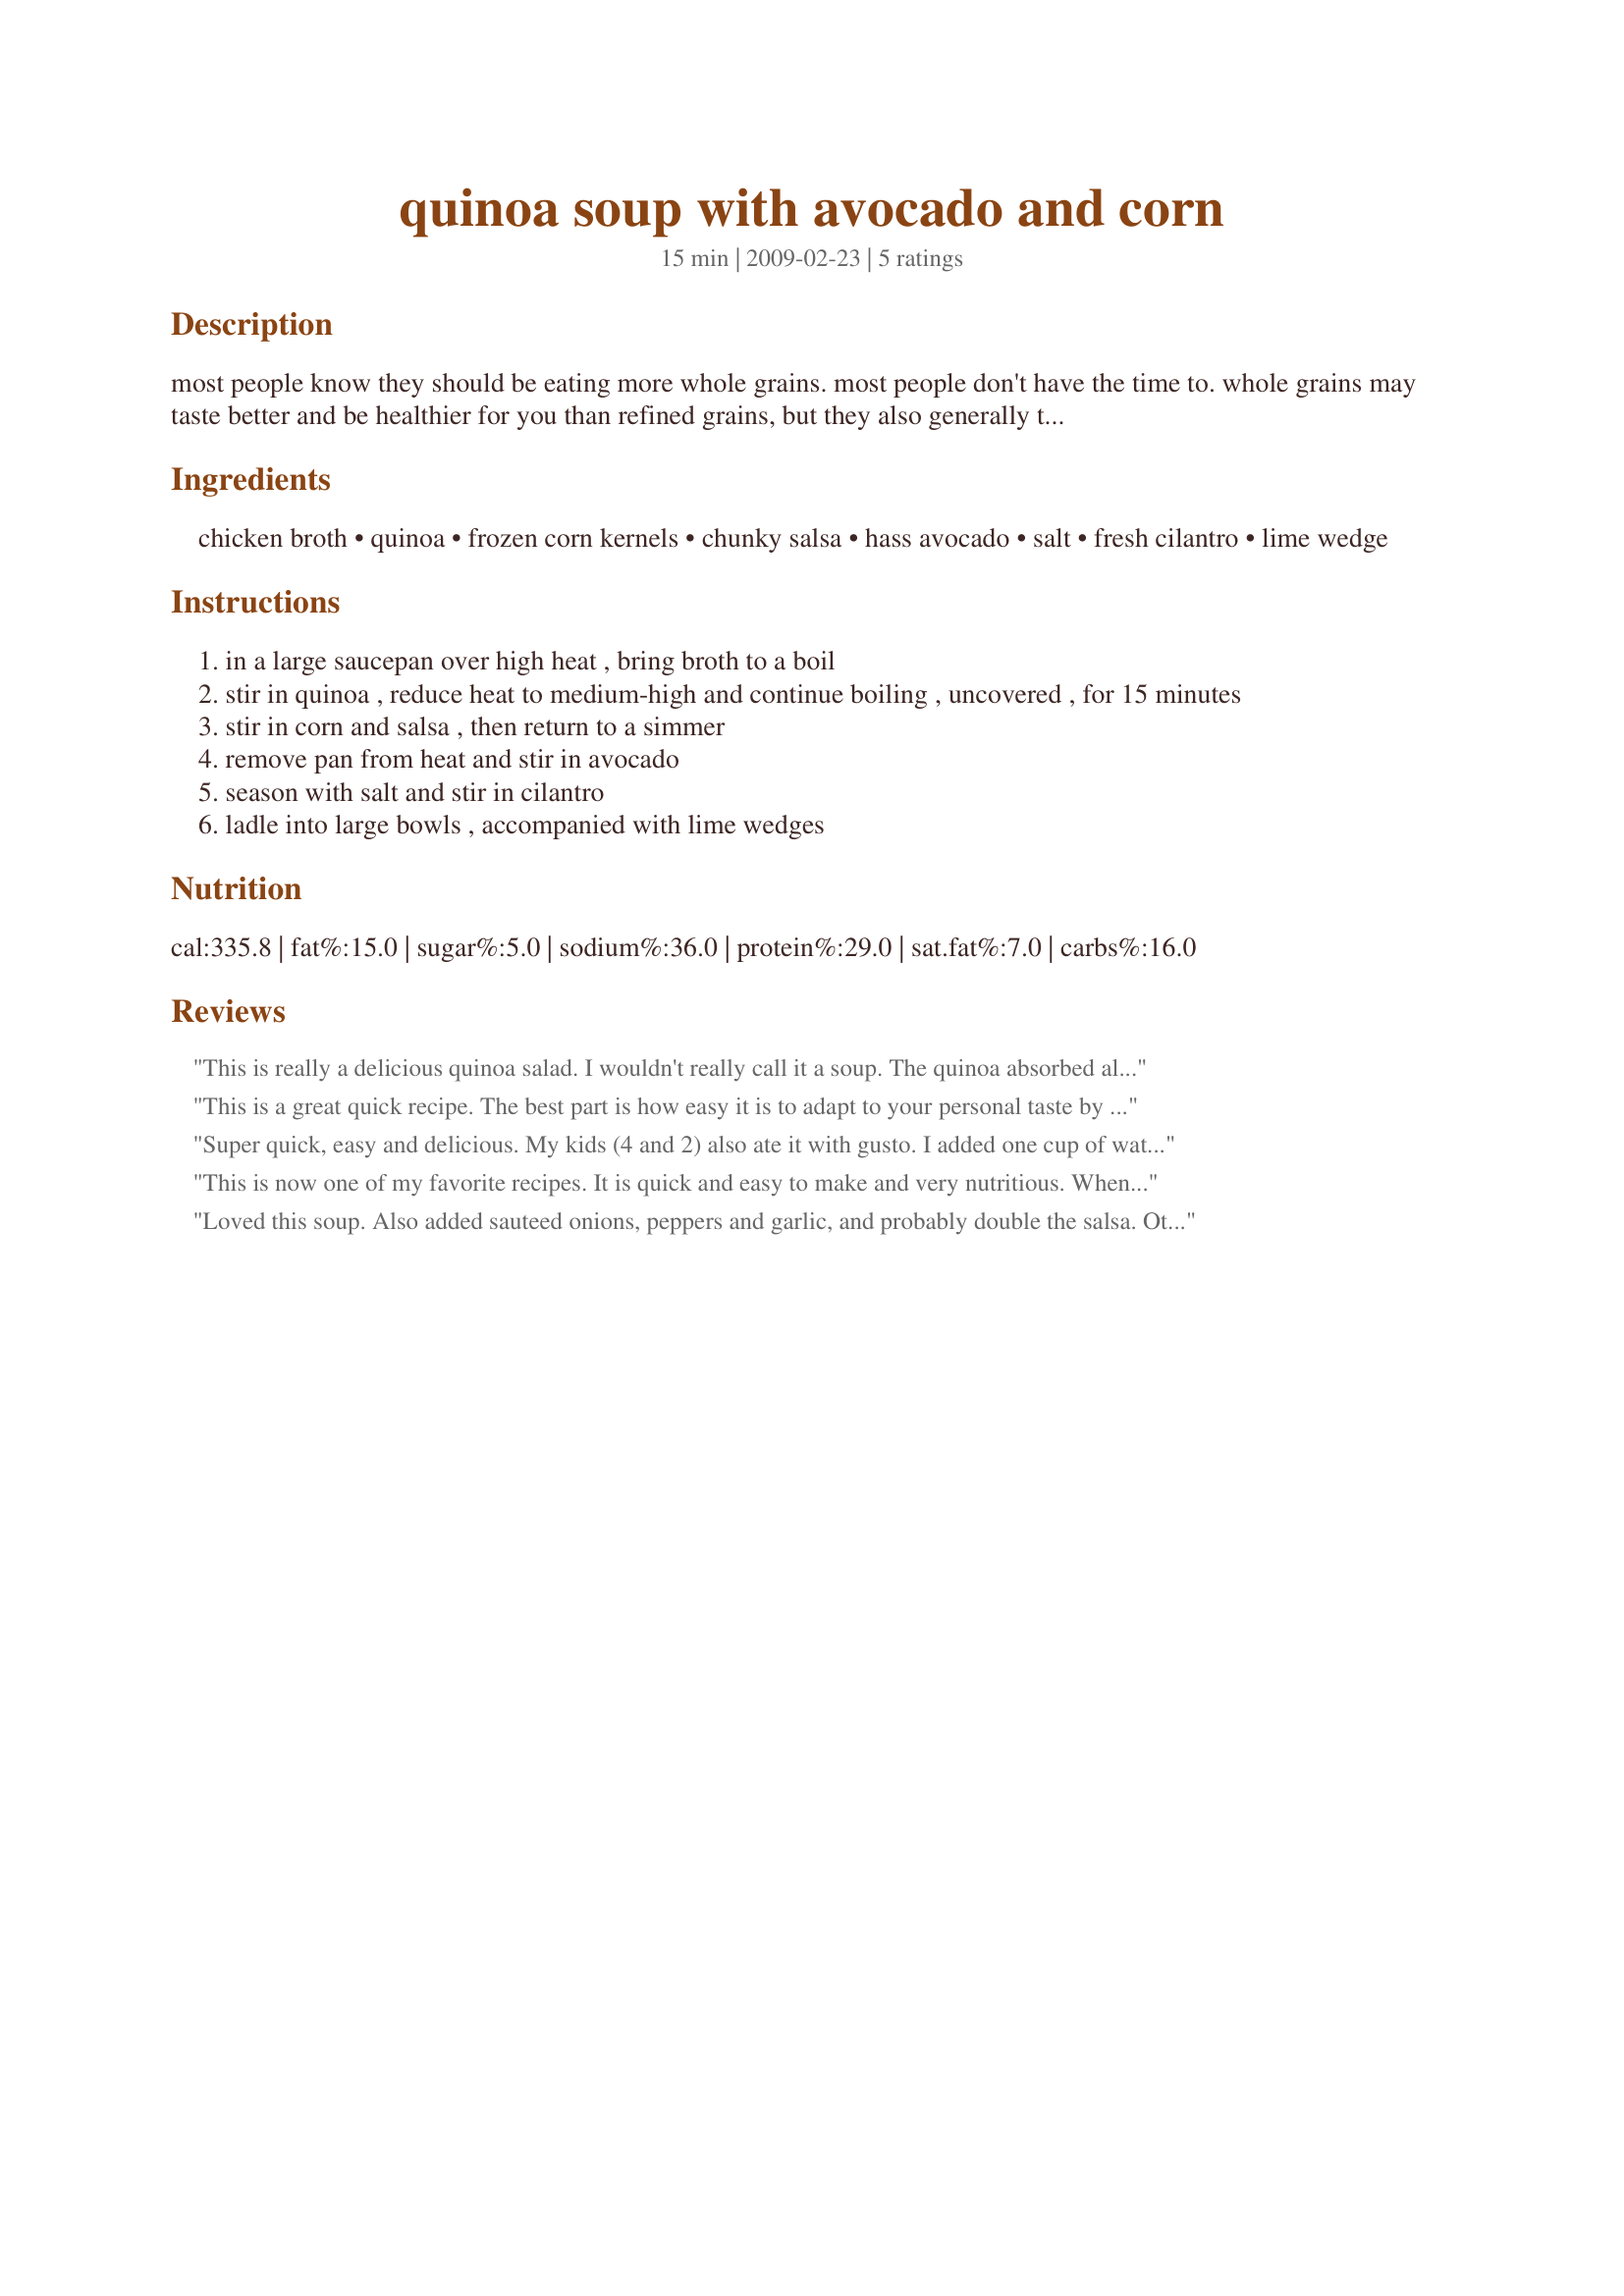
quinoa soup with avocado and corn
Preparation time: 15 minutes

most people know they should be eating more whole grains. most people don't have the time to. whole grains may taste better and be healthier for you than refined grains, but they also generally take much longer to cook. this easy, flavorful soup uses quinoa (prounced keen - wah), which is available alongside rice at most grocers and natural foods stores. canned black beans or chopped cooked chicken are excellent additions to this soup.

Ingredients:
chicken broth, quinoa, frozen corn kernels, chunky salsa, hass avocado, salt, fresh cilantro, lime wedge

Steps:
in a large saucepan over high heat , bring broth to a boil
stir in quinoa , reduce heat to medium-high and continue boiling , uncovered , for 15 minutes
stir in corn and salsa , then return to a simmer
remove pan from heat and stir in avocado
season with salt and stir in cilantro
ladle into large bowls , accompanied with lime wedges

Reviews:
This is really a delicious quinoa salad. I wouldn't really call it a soup. The quinoa absorbed all of the broth, even after I added extra. However, as a quinoa salad, this is really delicious. I love the fresh flavors of the lime and cilantro. Thanks for sharing!
This is a great quick recipe. The best part is how easy it is to adapt to your personal taste by adding or omitting ingredients as desired. I hate avocado. So I skipped that, added more salsa, etc. it seems nearly everyone would agree that 4c of broth is not near enough so be prepared to add more. It's very healthy & flavorful. I'll be memorizing this one for quick weekend lunches. :)
Super quick, easy and delicious. My kids (4 and 2) also ate it with gusto. I added one cup of water, chopped cherry tomatoes, chopped parsley instead of cilantro, and didn&#039;t have lime. Will definitely be making this again.
This is now one of my favorite recipes. It is quick and easy to make and very nutritious. When I didn't have corn on hand I added diced carrots and shelled edamame or even chopped kale. The flavor is always satisfying. It does seem to expand no matter how much broth you add but I love it as a soup.
Loved this soup. Also added sauteed onions, peppers and garlic, and probably double the salsa. Otherwise made to the recipe. We loved, loved, loved the freshly squeezed lime and the avocado. Definite keeper.
